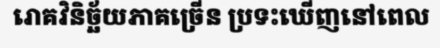
រោគវិនិច្ឆ័យភាគច្រើន ប្រទះឃើញនៅពេល